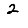
Digit: 2